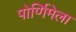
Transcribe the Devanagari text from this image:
पोर्णिमेला